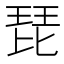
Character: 琵